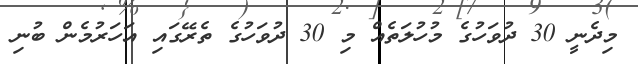
މިދެނީ 30 ދުވަހުގެ މުހުލަތެއް މި 30 ދުވަހުގެ ތެރޭގައި އަހަރުމެން ބުނި